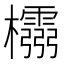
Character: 𭬵